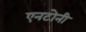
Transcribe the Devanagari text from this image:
एनटोनी